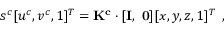
\begin{array} { r } { s ^ { c } [ u ^ { c } , v ^ { c } , 1 ] ^ { T } = \mathbf { K ^ { c } } \cdot [ \mathbf { I } , ~ \mathbf { 0 } ] [ x , y , z , 1 ] ^ { T } \enspace , } \end{array}